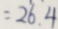
= 2 6 . 4